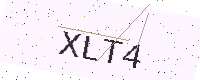
Text: XLT4